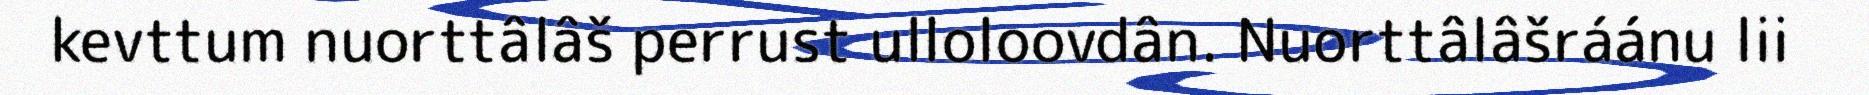
kevttum nuorttâlâš perrust ulloloovdân. Nuorttâlâšráánu lii